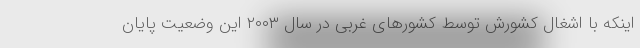
اینکه با اشغال کشورش توسط کشورهای غربی در سال ۲۰۰۳ این وضعیت پایان